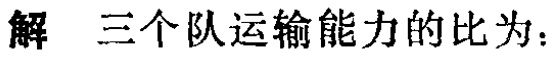
解 三个队运输能力的比为：